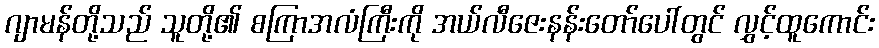
ဂျာမန်တို့သည် သူတို့၏ စကြာအလံကြီးကို အယ်လီဇေးနန်းတော်ပေါ်တွင် လွှင့်ထူကောင်း